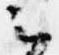
云